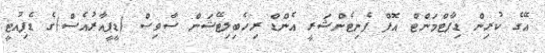
އޭގެ ކުރިން ޑިޕާޓްމަންޓް އޮފް ޕެނިޓެންޝަރީ އެންޑް ރިހެބިލިޓޭޝަން ސާވިސް (ޑީޕީއާރުއެސް)ގެ ޑެޕިއުޓީ